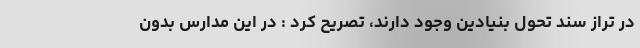
در تراز سند تحول بنیادین وجود دارند، تصریح کرد : در این مدارس بدون